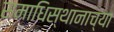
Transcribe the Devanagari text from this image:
समाधिस्थानाच्या